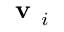
\textbf { v } _ { i }